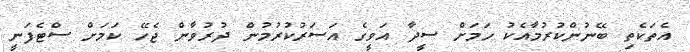
އެތަކެތި ބޭނުންކުރުމާއެކު ހަމަށް ސީދާ އަވީގެ އަސަރުކުރުމުން ދުރުވާން ޖެހޭ ކަމަށް ސްޓެފަނީ